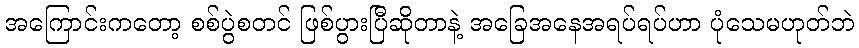
အကြောင်းကတော့ စစ်ပွဲစတင် ဖြစ်ပွားပြီဆိုတာနဲ့ အခြေအနေအရပ်ရပ်ဟာ ပုံသေမဟုတ်ဘဲ